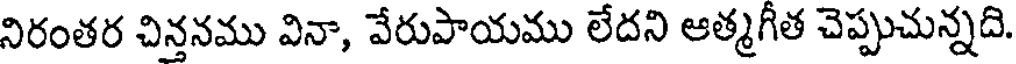
నిరంతర చిన్తనము వినా, వేరుపాయము లేదని ఆత్మగీత చెప్పుచున్నది.